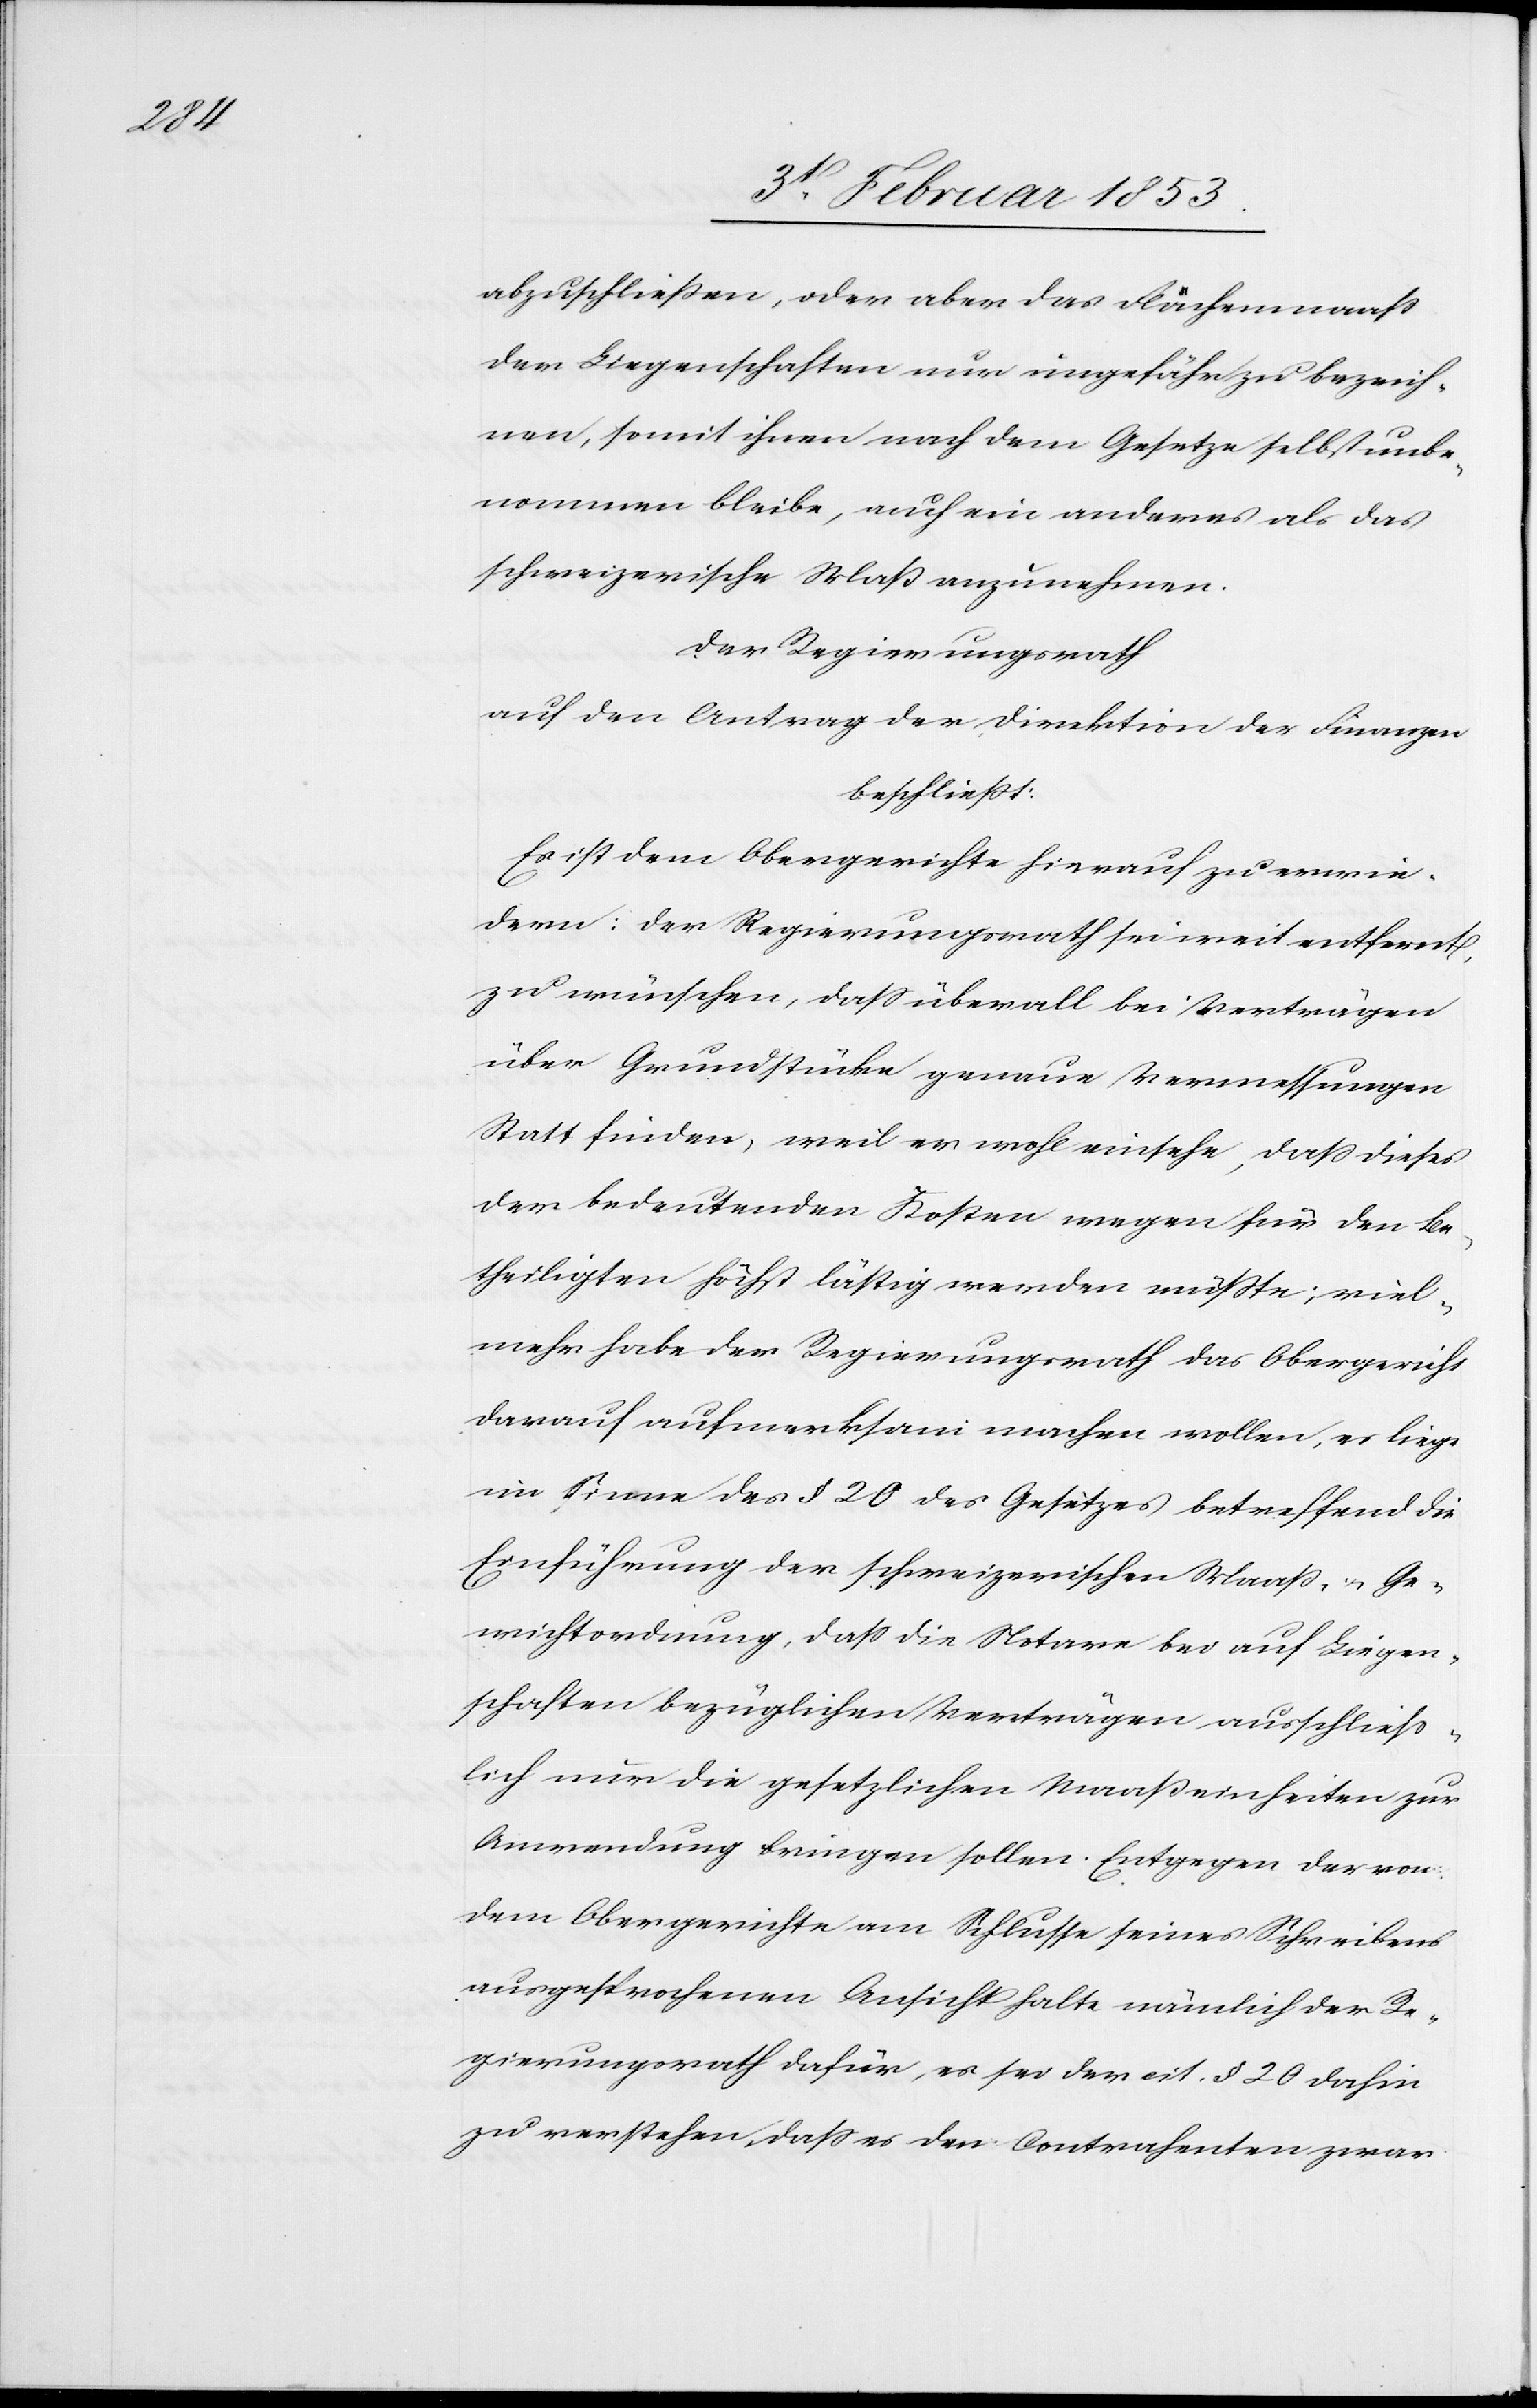
abzuschließen, oder aber das Flächenmaaß
der Liegenschaften nur ungefähr zu bezeich¬
nen, somit ihnen nach dem Gesetze selbst unbe¬
nommen bleibe, auf ein anderes als das
schweizerische Maß anzunehmen.
Der Regierungsrath
auf den Antrag der Direktion der Finanzen
beschließt:
Es ist dem Obergerichte hierauf zu erwie¬
dern: der Regierungsrath sei weit entfernt,
zu wünschen, daß überall bei Verträgen
über Grundstücke genaue Vermessungen
Statt finden, weil er wohl einsehe, daß dieses
den bedeutenden Kosten wegen für den Be¬
theiligten höchst lästig werden müßte, viel¬
mehr habe der Regierungsrath das Obergericht
darauf aufmerksam machen wollen, es liege
im Sinne des § 20 des Gesetzes betreffend die
Einführung der schweizerischen Maaß- u. Ge¬
wichtsordnung, daß die Notare bei auf Liegen¬
schaften bezüglichen Verträgen ausschließ¬
lich nur die gesetzlichen Maaßeinheiten zur
Anwendung bringen sollen. Entgegen der von
dem Obergerichte am Schlusse seines Schreibens
ausgesprochenen Ansicht halte nämlich der Re¬
gierungsrath dafür, es sei der cit. § 20 dahin
zu verstehen, daß es den Contrahenten zwar